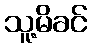
သူ့မိခင်